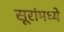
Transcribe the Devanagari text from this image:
सूरांमध्ये